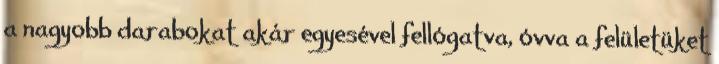
a nagyobb darabokat akár egyesével fellógatva, óvva a felületüket